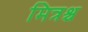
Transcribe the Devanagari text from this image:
मित्रश्च